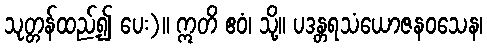
သုတ္တန်ထည့်၍ ပေး)။ ဣတိ ဧဝံ၊ သို့။ ပဒန္တရသံယောဇနဝသေန၊